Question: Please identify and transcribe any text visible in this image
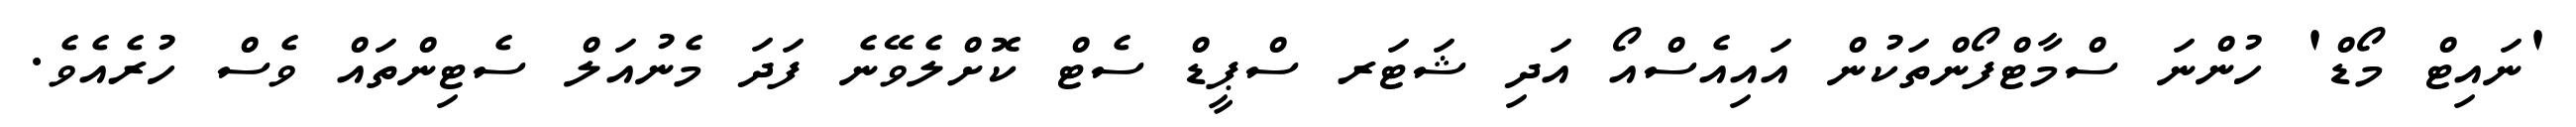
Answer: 'ނައިޓް މޯޑް' ހުންނަ ސްމާޓްފޯންތަކުން އައިއެސްއޯ އަދި ޝަޓަރ ސްޕީޑް ސެޓް ކޮށްލެވޭނެ ފަދަ މެނުއަލް ސެޓިންތައް ވެސް ހުރެއެވެ.